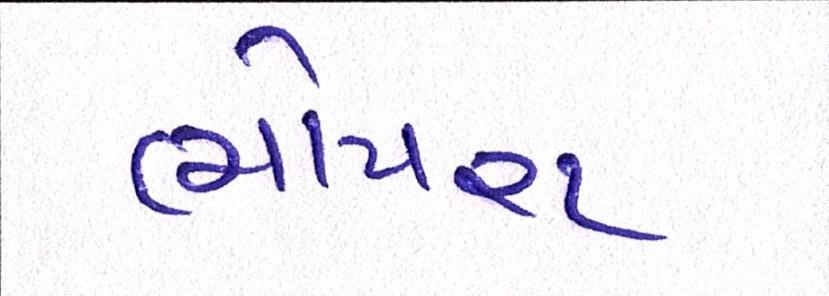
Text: ભોયરા